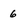
Character: 6